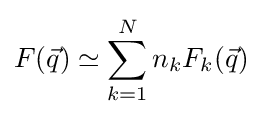
F({\vec {q}})\simeq \sum _{k=1}^{N}n_{k}F_{k}({\vec {q}})